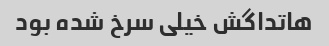
هاتداگش خیلی سرخ شده بود